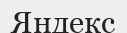
Яндекс